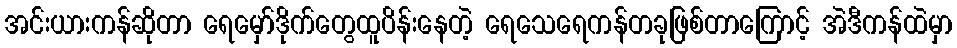
အင်းယားကန်ဆိုတာ ရေမှော်ဒိုက်တွေထူပိန်းနေတဲ့ ရေသေရေကန်တခုဖြစ်တာကြောင့် အဲဒီကန်ထဲမှာ